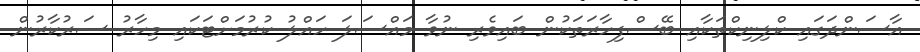
އާސަންދަގައި ކްލިނިކްތަކާއި ބޭސްފިހާރަތަކުން ބައިވެރި ނުވާ މައްސަލަ ހައްލު ކުރުމަށްޓަކައި މިހާރު ސަރުކާރުން